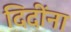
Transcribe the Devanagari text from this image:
दिदींना